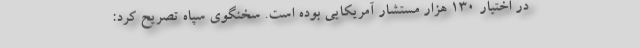
در اختیار ۱۳۰ هزار مستشار آمریکایی بوده است. سخنگوی سپاه تصریح کرد: